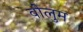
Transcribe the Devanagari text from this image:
वोलुम